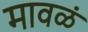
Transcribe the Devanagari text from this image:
मावळं